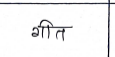
मजकूर: गीत